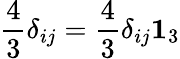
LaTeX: \frac{4}{3}\delta_{ij}=\frac{4}{3}\delta_{ij}{\mathbf 1}_{3}